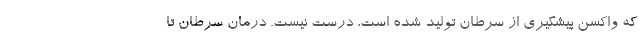
که واکسن پیشگیری از سرطان تولید شده است، درست نیست. درمان سرطان تا